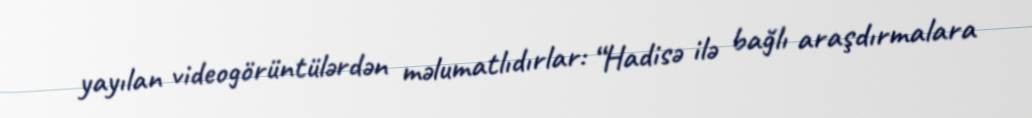
yayılan videogörüntülərdən məlumatlıdırlar: “Hadisə ilə bağlı araşdırmalara